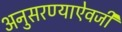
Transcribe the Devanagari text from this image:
अनुसरण्‍याऐवजी